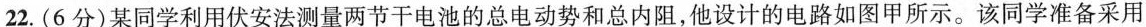
22. (6分)某同学利用伏安法测量两节干电池的总电动势和总内阻，他设计的电路如图甲所示。该同学准备采用